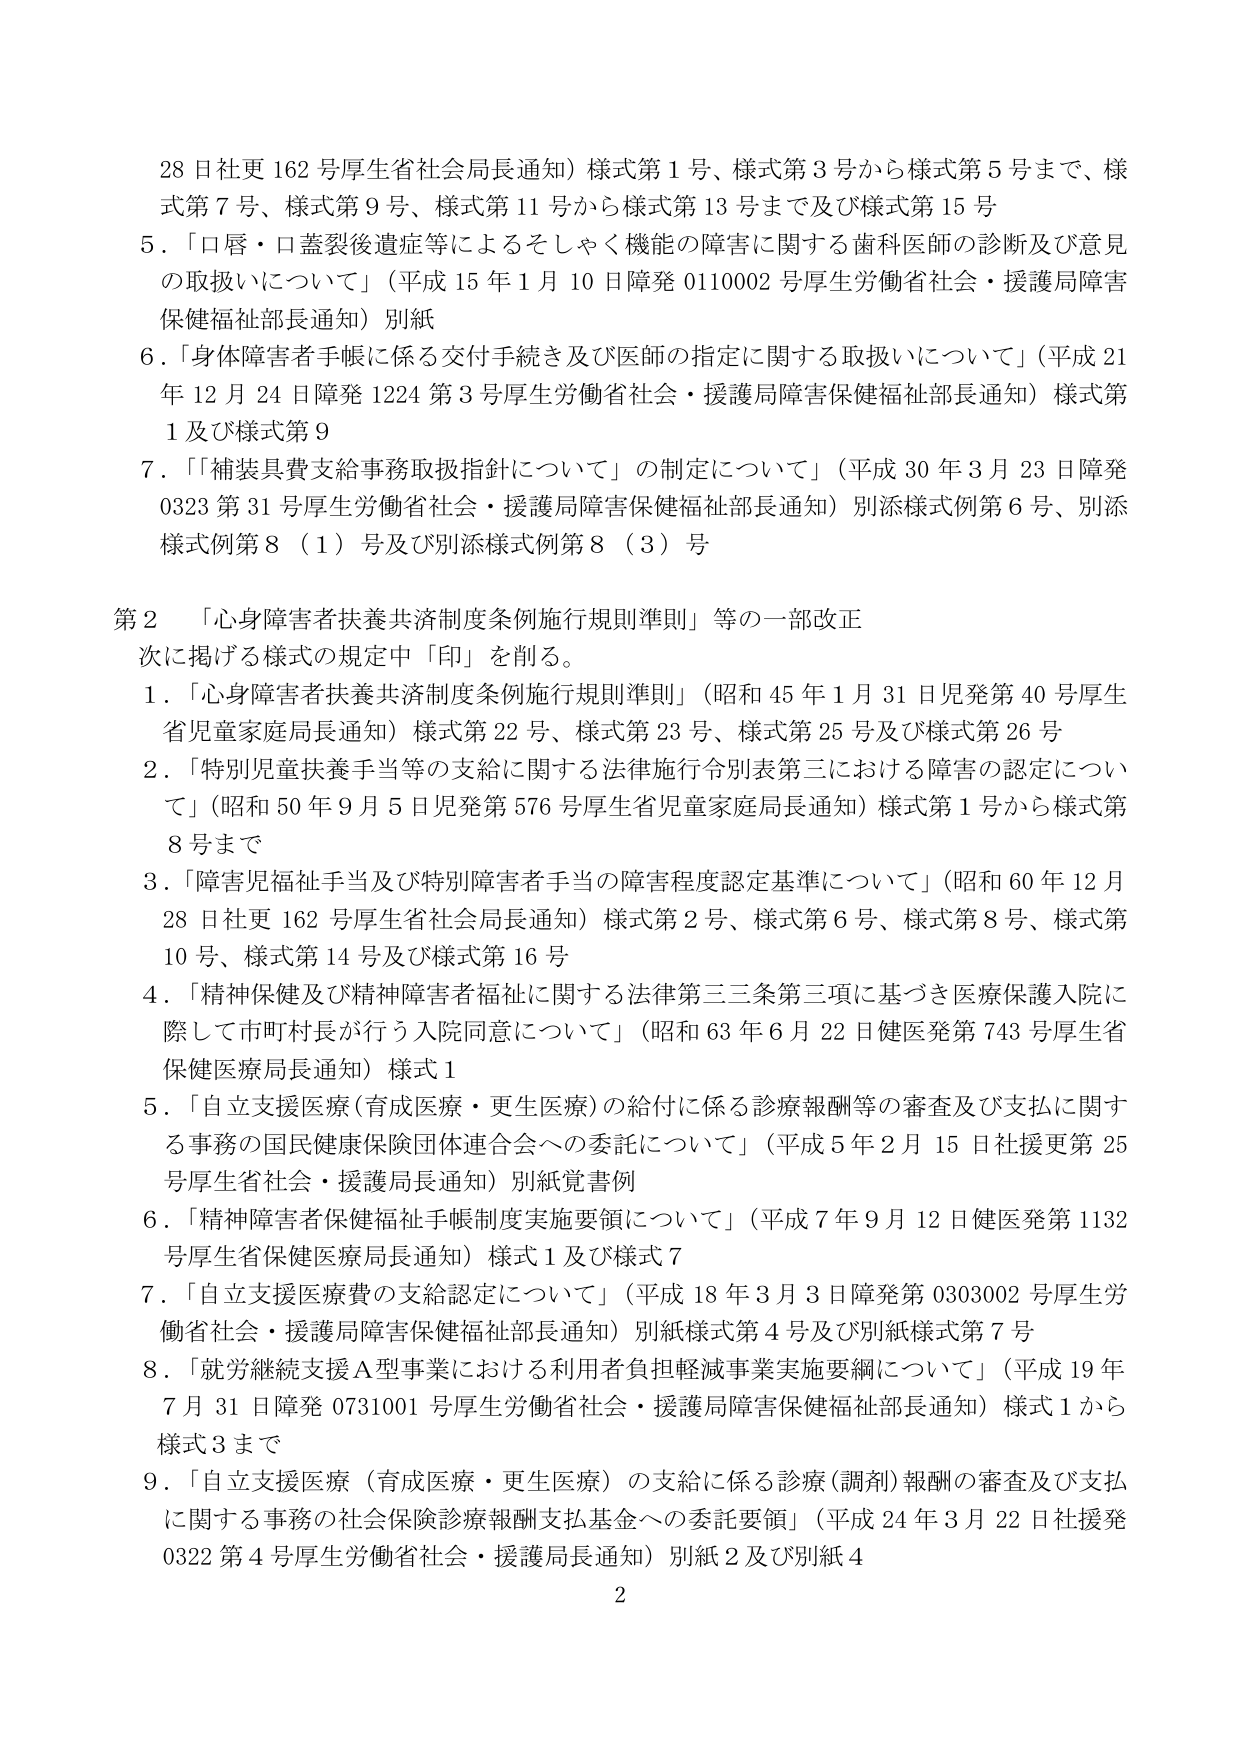
28日社更162号厚生省社会局長通知）様式第1号、様式第3号から様式第5号まで、様式第7号、様式第9号、様式第11号から様式第13号まで及び様式第15号
5．「口唇・口蓋裂後遺症等によるそしゃく機能の障害に関する歯科医師の診断及び意見の取扱いについて」（平成15年1月10日障発0110002号厚生労働省社会・援護局障害保健福祉部長通知）別紙
6．「身体障害者手帳に係る交付手続き及び医師の指定に関する取扱いについて」（平成21年12月24日障発1224第3号厚生労働省社会・援護局障害保健福祉部長通知）様式第1及び様式第9
7．「「補装具費支給事務取扱指針について」の制定について」（平成30年3月23日障発0323第31号厚生労働省社会・援護局障害保健福祉部長通知）別添様式例第6号、別添様式例第8（1）号及び別添様式例第8（3）号

第2 「心身障害者扶養共済制度条例施行規則準則」等の一部改正
次に掲げる様式の規定中「印」を削る。
1．「心身障害者扶養共済制度条例施行規則準則」（昭和45年1月31日児発第40号厚生省児童家庭局長通知）様式第22号、様式第23号、様式第25号及び様式第26号
2．「特別児童扶養手当等の支給に関する法律施行令別表第三における障害の認定について」（昭和50年9月5日児発第576号厚生省児童家庭局長通知）様式第1号から様式第8号まで
3．「障害児福祉手当及び特別障害者手当の障害程度認定基準について」（昭和60年12月28日社更162号厚生省社会局長通知）様式第2号、様式第6号、様式第8号、様式第10号、様式第14号及び様式第16号
4．「精神保健及び精神障害者福祉に関する法律第三三条第三項に基づき医療保護入院に際して市町村長が行う入院同意について」（昭和63年6月22日健医発第743号厚生省保健医療局長通知）様式1
5．「自立支援医療（育成医療・更生医療）の給付に係る診療報酬等の審査及び支払に関する事務の国民健康保険団体連合会への委託について」（平成5年2月15日社援更第25号厚生省社会・援護局長通知）別紙覚書例
6．「精神障害者保健福祉手帳制度実施要領について」（平成7年9月12日健医発第1132号厚生省保健医療局長通知）様式1及び様式7
7．「自立支援医療費の支給認定について」（平成18年3月3日障発第0303002号厚生労働省社会・援護局障害保健福祉部長通知）別紙様式第4号及び別紙様式第7号
8．「就労継続支援A型事業における利用者負担軽減事業実施要綱について」（平成19年7月31日障発0731001号厚生労働省社会・援護局障害保健福祉部長通知）様式1から様式3まで
9．「自立支援医療（育成医療・更生医療）の支給に係る診療（調剤）報酬の審査及び支払に関する事務の社会保険診療報酬支払基金への委託要領」（平成24年3月22日社援発0322第4号厚生労働省社会・援護局長通知）別紙2及び別紙4
2